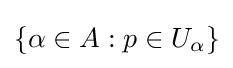
\{\alpha \in A:p\in U_{\alpha }\}